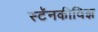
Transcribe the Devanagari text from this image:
स्टॅनकीविझ